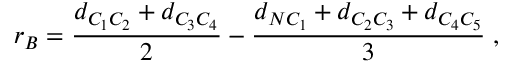
r _ { B } = \frac { d _ { C _ { 1 } C _ { 2 } } + d _ { C _ { 3 } C _ { 4 } } } { 2 } - \frac { d _ { N C _ { 1 } } + d _ { C _ { 2 } C _ { 3 } } + d _ { C _ { 4 } C _ { 5 } } } { 3 } \; ,